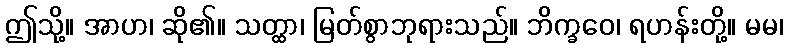
ဤသို့။ အာဟ၊ ဆို၏။ သတ္ထာ၊ မြတ်စွာဘုရားသည်။ ဘိက္ခဝေ၊ ရဟန်းတို့။ မမ၊